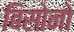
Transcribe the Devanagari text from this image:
बिसोनो